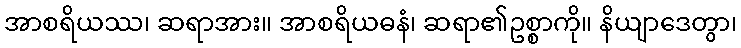
အာစရိယဿ၊ ဆရာအား။ အာစရိယဓနံ၊ ဆရာ၏ဥစ္စာကို။ နိယျာဒေတွာ၊